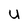
Character: U